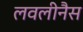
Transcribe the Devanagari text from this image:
लवलीनैस